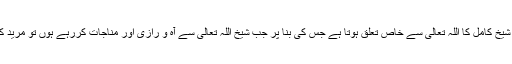
اس میں اس مرید کا عقیدہ یہ ہے کہ اللہ والے شیخ کامل کا اللہ تعالیٰ سے خاص تعلق ہوتا ہے جس کی بنا پر جب شیخ اللہ تعالیٰ سے آہ و رازی اور مناجات کررہے ہوں تو مرید کے لیے بھی اللہ تعالیٰ سے معافی کا کہہ دیں۔